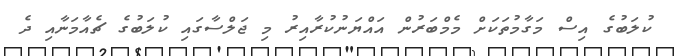
ކުލަބުގެ އިސް މަގާމުތަކަށް މެމްބަރުން އައްޔަނުކުރާއިރު މި ޖަލްސާގައި ކުލަބުގެ ޗެއާމަނާއި ދެ